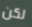
لكن